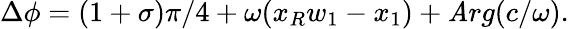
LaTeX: \Delta\phi=(1+\sigma)\pi/4+\omega(x_{R}w_{1}-x_{1})+\mathit{A}rg(c/\omega).